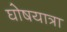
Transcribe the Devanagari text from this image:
घोषयात्रा